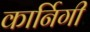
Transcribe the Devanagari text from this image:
कार्निगी